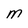
Character: M